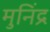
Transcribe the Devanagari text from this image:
मुनिंद्र